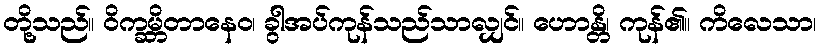
တို့သည်။ ဝိက္ခမ္ဘိတာနေဝ၊ ခွါအပ်ကုန်သည်သာလျှင်။ ဟောန္တိ၊ ကုန်၏။ ကိလေသာ၊